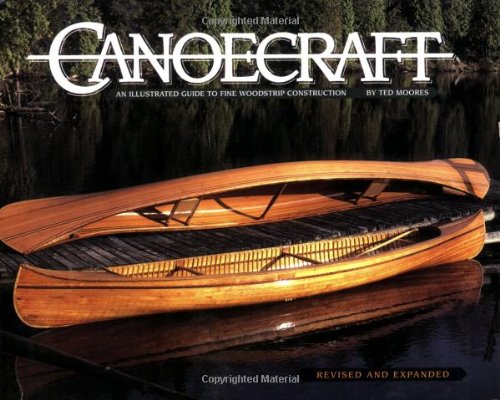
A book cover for Canoecraft: An Illustrated Guide to Fine Woodstrip Construction; Ted Moores; Engineering & Transportation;